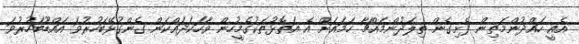
އެއީ ހައްދުންމަތިން ފެށިގެން ތިލަދުންމައްޗާ ހަމައަށް އެ އަތޮޅުތަކުގެމީހުން ވާހަކަދައްކަން ގެންގުޅޭބަހުރުވަ އައްޑޫބަހުރުވަ